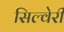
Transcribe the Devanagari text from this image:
सिल्वेरी